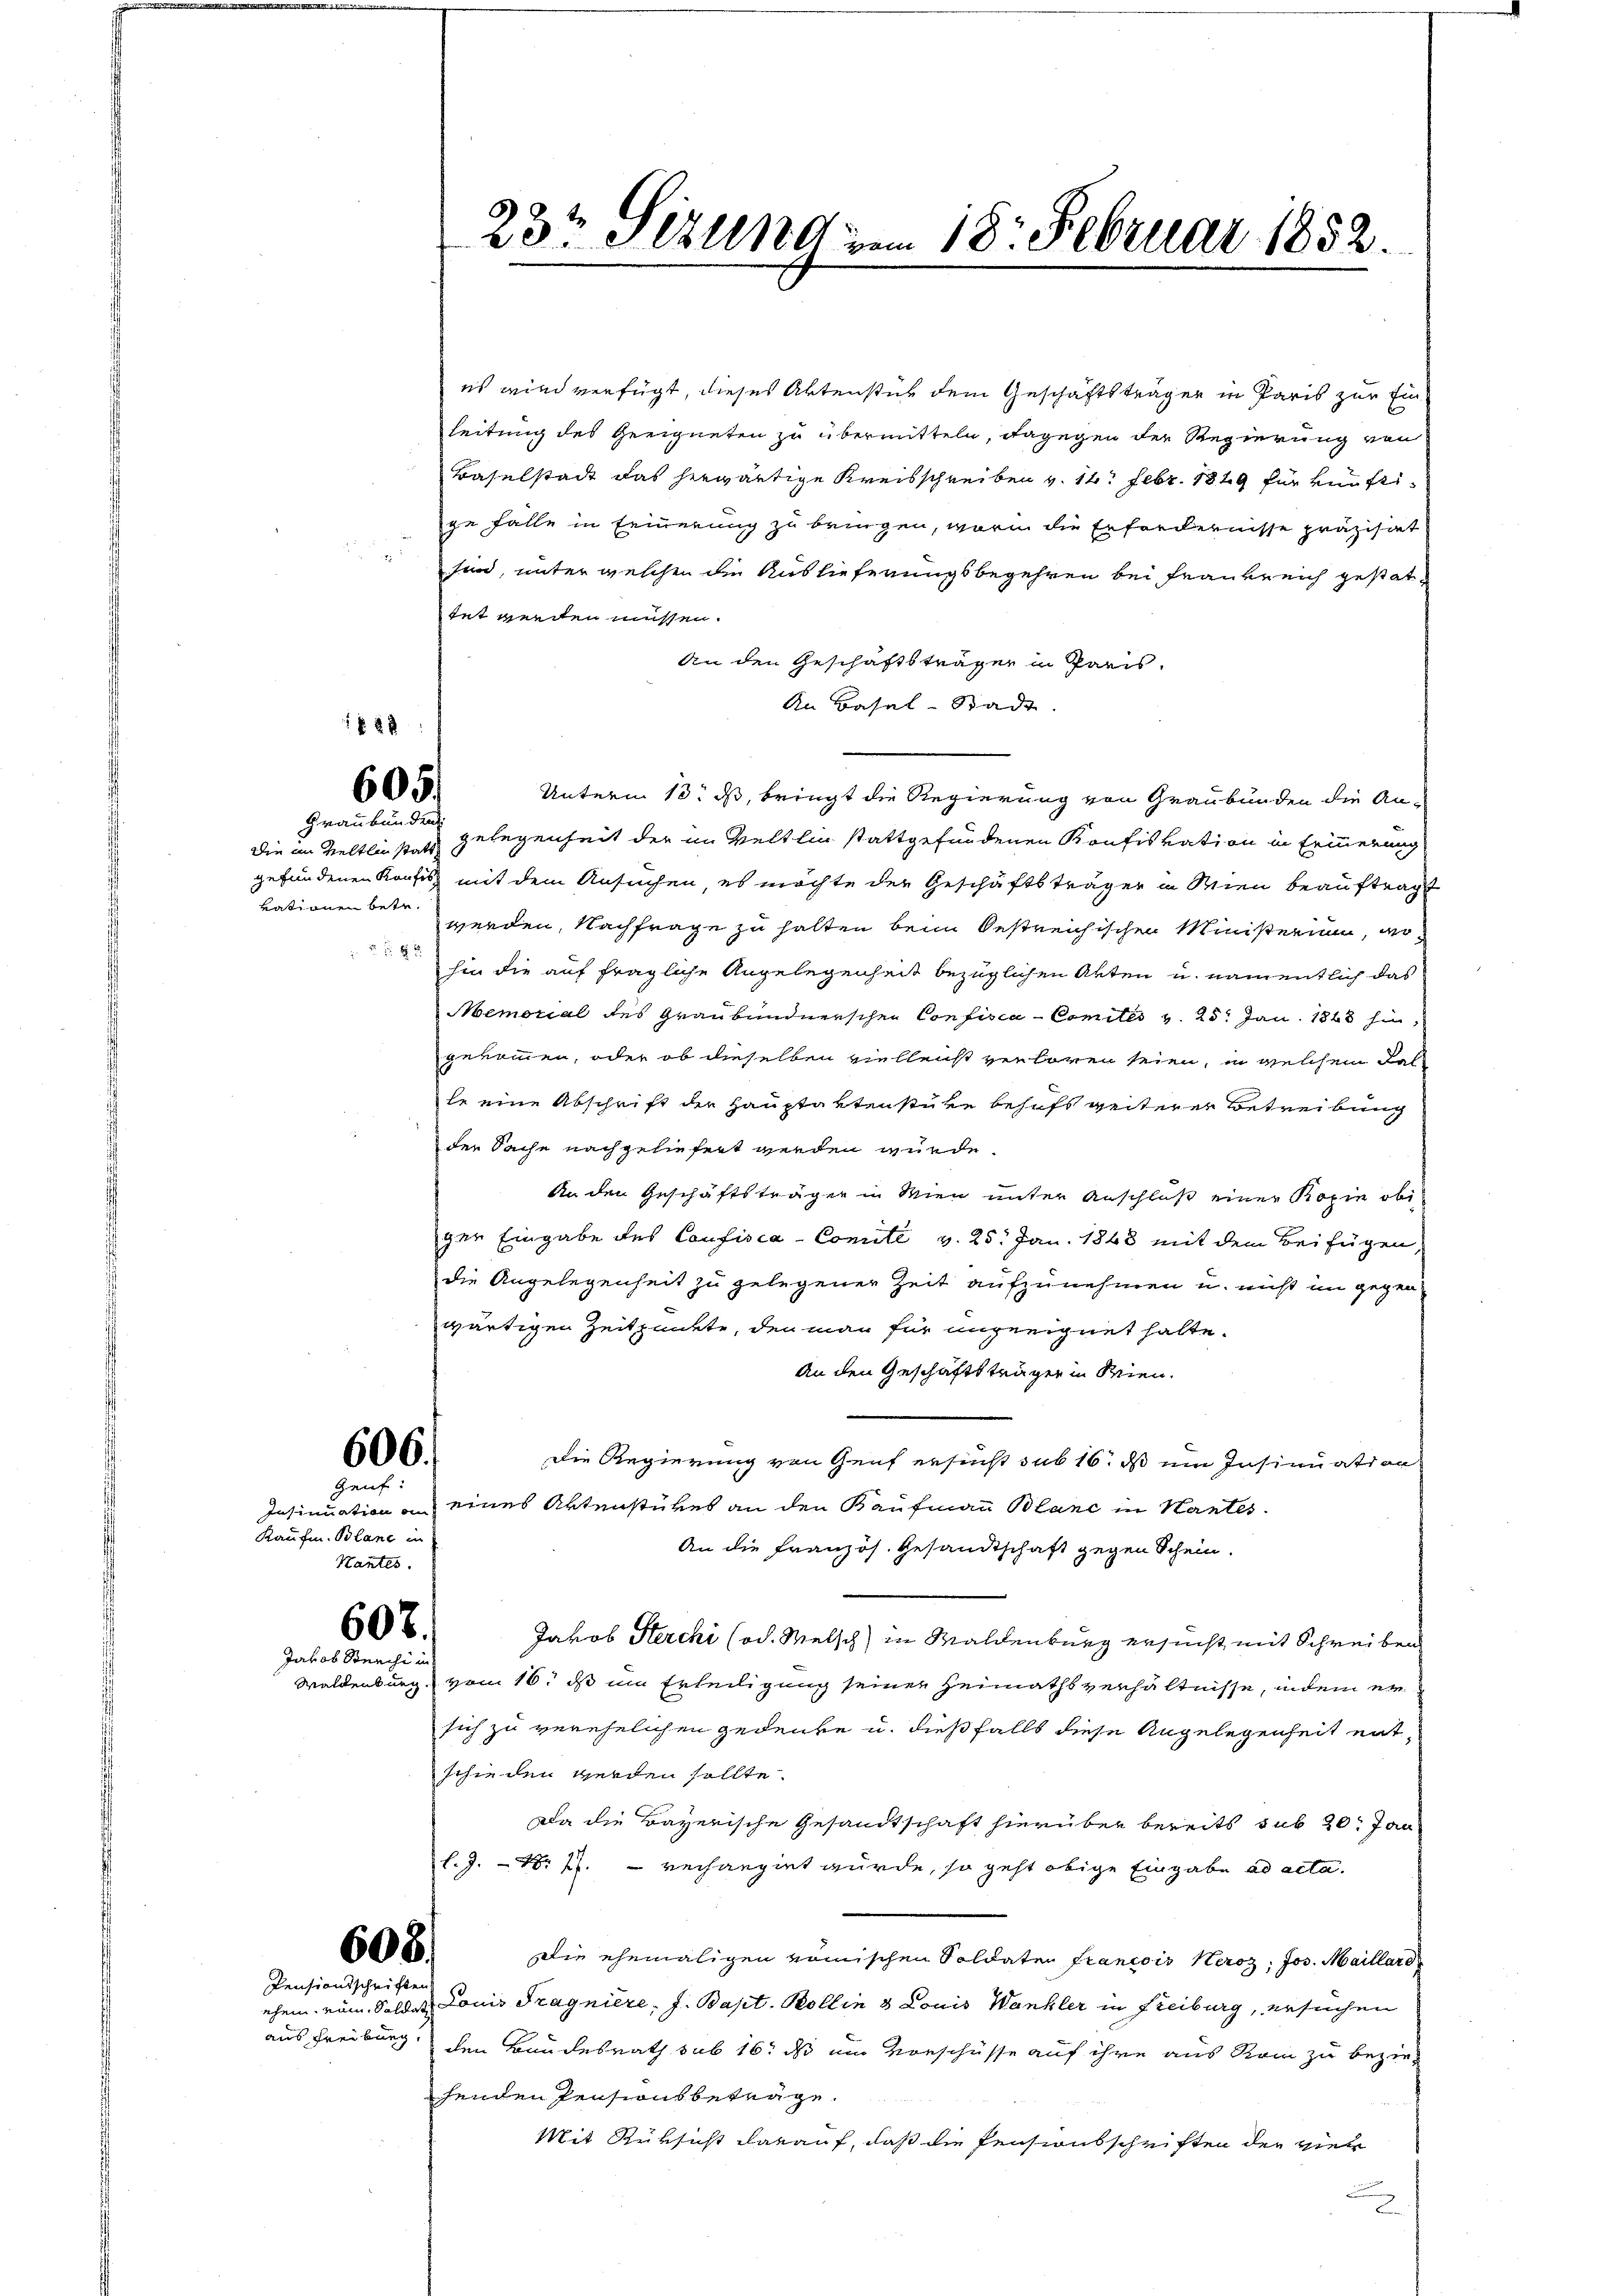
§ 23
605.
Graubünden

vationen betr.

606.
Genf.

Kaufm. Blane in
Hantes.

607.
Jakob Steechi in

608.
Pensionsschriften

aus Freiburg.

23t Sizung vom 18. Februar 1852.

es wird verfügt, dieses Aktenstück dem Geschäftsträger in Paris zur Einleitung des Geeigneten zu übermitteln, dagegen der Regierung von
Baselstadt das herwärtige Kreisschreiben v. 14. Febr. 1849 für künftige Fälle in Erinnerung zu bringen, worin die Erfordernisse präzisat
sin, unter geschen den Auslieferungsbegehren bei Frankreich gestattet werden müssen.
An den Geschäftsträgen in Paris.
An Basel-Stadt.
Unterm 13. ds, bringt die Regierung von Graubünden die Andie in Veltlinstatt Gelegenheit der im Veltlin stattgefundenen Konfiskation in Erinnerung
gefundenen Konfisz mit dem Ansuchen, es möchte der Geschäftsträger in Wien beauftragt
werden, Nachfrage zu halten beim bestreichischen Ministerium, wo
 hin die auf fragliche Angelegenheit bezüglichen Akten u. namentlich das
Memorial des Graubündnerschen Confisca - Comités v. 25. Jan. 1848 hin,
gekommen, oder ob dieselben vielleicht verboren seien, in welchem Falle eine Abschrift der Hauptaktenstüke behufs weiterer Betreibung
der Sache nachgeliefert werden würde.
An den Geschäftsträger in Wien unter Anschluß einer Kopie obiger Eingabe des Confisca-Comité v. 25. Jan. 1868 mit dem Beifügen,
die Angelegenheit zu gelegener Zeit aufzunehmen u. nicht im gegen
wärtigen Zeitpunkte, den man für angeeignet hatte.
An den Geschäftsträger in Wien.
Die Regierung von Genf ersucht sub 16. ds um Insinuation
Insinuation an eines Aktenstükes an den Kaufmann Blanc in Kantes
An die Französ. Gesandtschaft gegen Schein.
Jakob Sterchi (od. Welsch in Waldenburg ersucht mit Schreiben
Waldenburg vom 16. ds um Erledigung seiner Heimaths verhältnisse, indem er
sich zu verehelichen Gedenke u. dießfalls diese Angelegenheit ent-
schieden werden sollte.
Da die Bayerische Gesandtschaft hierüber bereits sub 20. Jan
l.J. – 28 ff. — verhangirt wurde, so geht obige Eingabe ad acta.
Die ehemaligen nomischen Soldater Francois Heroz, Jos. Maillard
ehen ein Soldes Louis Tragniere. J. Bapt. Bollin & Louis Wankler in Freiburg, ersuchen
den Bundesrath sub 16t ds um Vorschüsse auf ihre aus Rain zu beziehenden Pensionsbeträge.
Mit Rüksicht darauf, daß die Pensionsschriften der viel